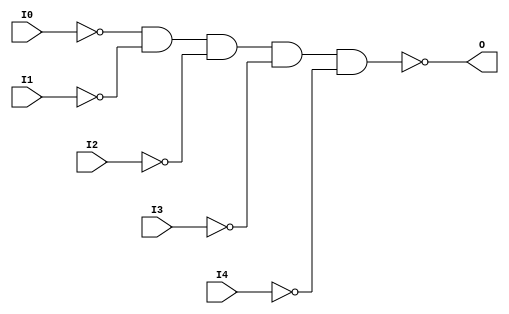
module NAND5B5 (O, I0, I1, I2, I3, I4);

    output O;

    input  I0, I1, I2, I3, I4;

    wire i0_inv;
    wire i1_inv;
    wire i2_inv;
    wire i3_inv;
    wire i4_inv;

    not N4 (i4_inv, I4);
    not N3 (i3_inv, I3);
    not N2 (i2_inv, I2);
    not N1 (i1_inv, I1);
    not N0 (i0_inv, I0);
    nand A1 (O, i0_inv, i1_inv, i2_inv, i3_inv, i4_inv);


endmodule